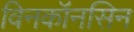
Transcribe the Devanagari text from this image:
विनकॉनसिन